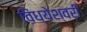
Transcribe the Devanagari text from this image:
विंध्येश्वरी